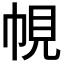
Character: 𭘠